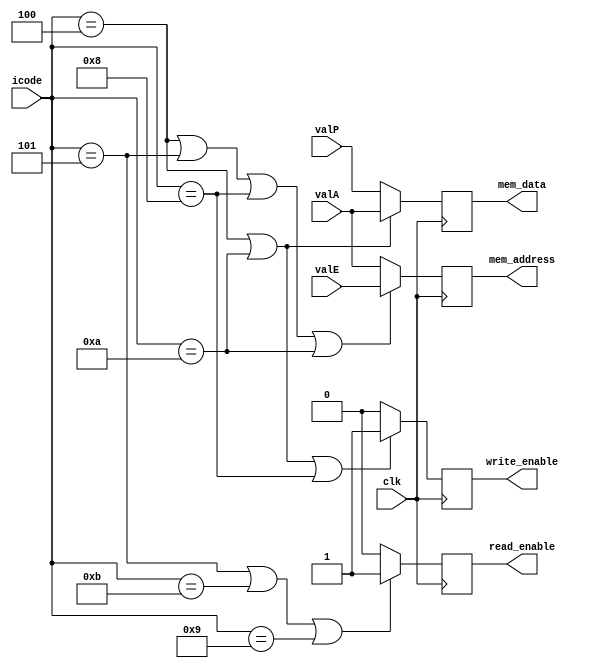
module memtask ( read_enable , write_enable ,  mem_address , mem_data , icode , valE , valA , valP , clk ) ;

// output valM comes from the data memory block not from the memory tasks block 


output reg read_enable ;
output reg write_enable ;
// memaddress memdata 
output reg signed  [63:0] mem_address  ;  // if negative address is encountered , we throw back an error 
output reg signed  [63:0] mem_data    ;  // this can be negative , because it is an integer value 


input clk ;
input [3:0] icode ;
input signed [63:0] valA ; 
input signed [63:0] valE ;
input signed [63:0] valP ; 

// wire read_enable ; 
// wire write_enable ;

    always @ ( posedge ( clk) )  begin 

        read_enable = ( icode == 4'h5 || icode == 4'hb || icode == 4'h9 ) ? 1'b1 : 1'b0 ; 
        write_enable = (  icode == 4'h4 || icode == 4'ha || icode == 4'h8 ) ? 1'b1 : 1'b0 ; 
    // end 

    // always @ ( valE , valA ) begin 
        mem_address = ( icode == 4'h4 || icode == 4'h5 || icode == 4'h8 || icode == 4'ha ) ? valE  : valA ;     
    // end

    // always @ ( valA , valP )  begin 
        mem_data  = ( icode == 4'h4 || icode == 4'ha ) ? valA : valP ; 
        $monitor ( "in memtask.v\t mem_data = %h  , valA = %h" , mem_data , valA ) ; 

    end 

endmodule